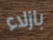
بازلاء